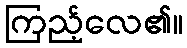
ကြည့်လေ၏။